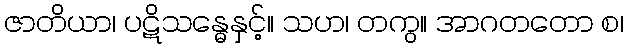
ဇာတိယာ၊ ပဋိသန္ဓေနှင့်။ သဟ၊ တကွ။ အာဂတတော စ၊